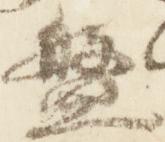
盤